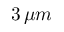
3 \, \mu m